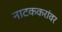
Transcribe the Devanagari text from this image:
नाटककरांवर